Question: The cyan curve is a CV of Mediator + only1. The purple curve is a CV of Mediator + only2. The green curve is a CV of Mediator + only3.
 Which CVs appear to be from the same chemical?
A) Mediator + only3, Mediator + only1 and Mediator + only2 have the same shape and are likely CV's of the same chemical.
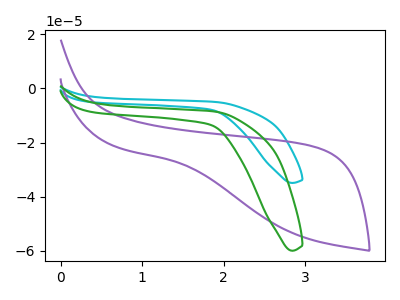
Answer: <think>The cyan curve "Mediator + only1" has no peaks. The purple curve "Mediator + only2" has no peaks. The green curve "Mediator + only3" has no peaks.
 Neither "Mediator + only1" or "Mediator + only2" have any peaks. Neither "Mediator + only1" or "Mediator + only3" have any peaks. Neither "Mediator + only2" or "Mediator + only3" have any peaks.</think>
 <answer>A) "Mediator + only3", "Mediator + only1" and "Mediator + only2" have the same shape and are likely CV's of the same chemical.</answer>
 <eval>A</eval>